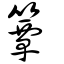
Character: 簟